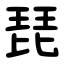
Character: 琵